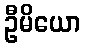
ဦမိယော